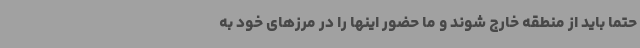
حتماً باید از منطقه خارج شوند و ما حضور اینها را در مرزهای خود به